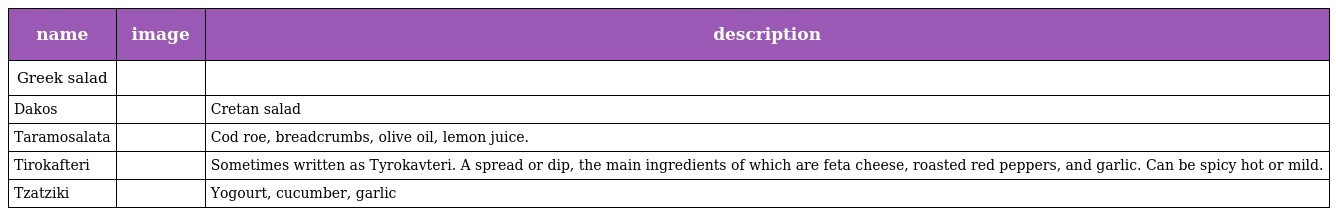
| name | image | description |
 | --- | --- | --- |
 | Greek salad |  |  |
 | Dakos |  | Cretan salad |
 | Taramosalata |  | Cod roe, breadcrumbs, olive oil, lemon juice. |
 | Tirokafteri |  | Sometimes written as Tyrokavteri. A spread or dip, the main ingredients of which are feta cheese, roasted red peppers, and garlic. Can be spicy hot or mild. |
 | Tzatziki |  | Yogourt, cucumber, garlic |